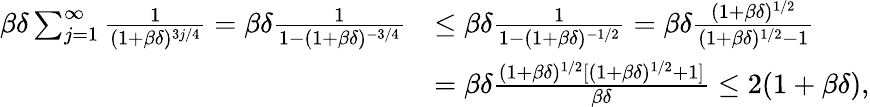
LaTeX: \begin{array}{rl}{\beta\delta\sum_{j=1}^{\infty}\frac{1}{(1+\beta\delta)^{3j/4}}=\beta\delta\frac{1}{1-(1+\beta\delta)^{-3/4}}}&{\leq\beta\delta\frac{1}{1-(1+\beta\delta)^{-1/2}}=\beta\delta\frac{(1+\beta\delta)^{1/2}}{(1+\beta\delta)^{1/2}-1}}\\ &{=\beta\delta\frac{(1+\beta\delta)^{1/2}[(1+\beta\delta)^{1/2}+1]}{\beta\delta}\leq 2(1+\beta\delta),}\end{array}